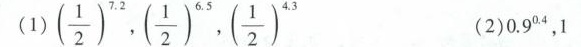
(1)(\frac{ 1 }{ 2 } )^{ 7.2 } ，(\frac{ 1 }{ 2 } )^{ 6.5 }，(\frac{ 1 }{ 2 } )^{ 4.3 }（2）0.9^{0.4}，1